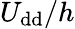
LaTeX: U_{\mathrm{{dd}}}/h